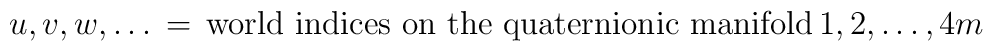
u,v,w,\dots \, = \, \mbox{world indices on the quaternionic manifold}\,  1,2,\dots,4m